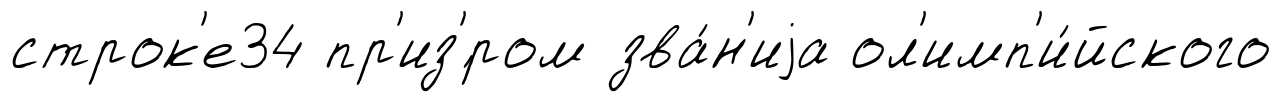
строк'е34 пр'из'́ром зва́н'иjа ол'имп'и́йского